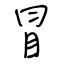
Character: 冒